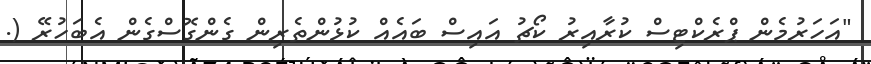
"އަހަރުމެން ޕްރެކްޓިސް ކުރާއިރު ކޯޗު އައިސް ބައެއް ކުޅުންތެރިން ގެންގޮސްގެން އެބަހުރޭ (.